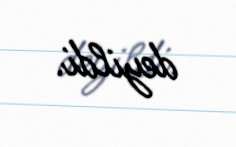
deyildi.